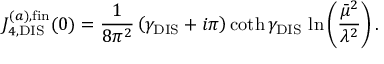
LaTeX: J _ { 4 , \mathrm { D I S } } ^ { ( a ) , \mathrm { f i n } } ( 0 ) = { \frac { 1 } { 8 \pi ^ { 2 } } } \left( \gamma _ { \mathrm { D I S } } + i \pi \right) \coth \gamma _ { \mathrm { D I S } } \, \ln \left( { \frac { \bar { \mu } ^ { 2 } } { \lambda ^ { 2 } } } \right) .